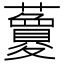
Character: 𧃜